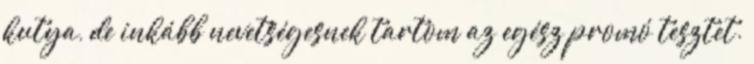
kutya, de inkább nevetségesnek tartom az egész promó tesztet.